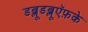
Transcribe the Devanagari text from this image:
डब्लूडब्लूऍफ़के